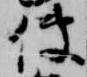
使